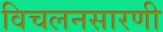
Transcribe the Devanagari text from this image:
विचलनसारणी